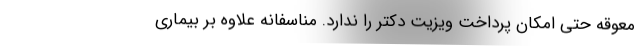
معوقه حتی امکان پرداخت ویزیت دکتر را ندارد. مناسفانه علاوه بر بیماری